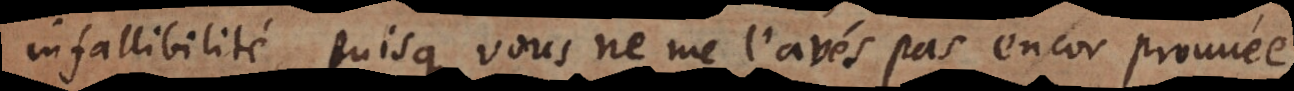
infallibilité, puisque vous ne me l’avés pas encor prouvé,